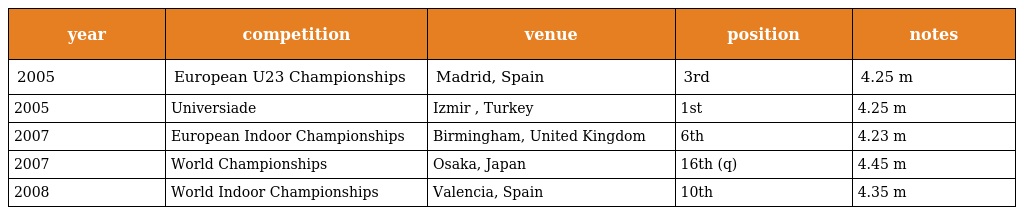
| year | competition | venue | position | notes |
 | --- | --- | --- | --- | --- |
 | 2005 | European U23 Championships | Madrid, Spain | 3rd | 4.25 m |
 | 2005 | Universiade | Izmir , Turkey | 1st | 4.25 m |
 | 2007 | European Indoor Championships | Birmingham, United Kingdom | 6th | 4.23 m |
 | 2007 | World Championships | Osaka, Japan | 16th (q) | 4.45 m |
 | 2008 | World Indoor Championships | Valencia, Spain | 10th | 4.35 m |